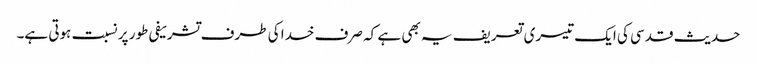
حدیث قدسی کی ایک تیسری تعریف یہ بھی ہے کہ صرف خدا کی طرف تشریفی طور پر نسبت ہوتی ہے۔